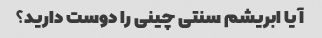
آیا ابریشم سنتی چینی را دوست دارید؟